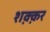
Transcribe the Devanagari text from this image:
शक़्क़र